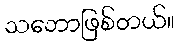
သဘောဖြစ်တယ်။